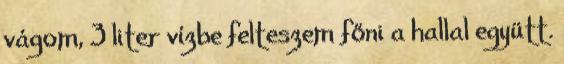
vágom, 3 liter vízbe felteszem főni a hallal együtt.